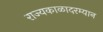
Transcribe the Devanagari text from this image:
राज्यकाळादरम्यान